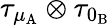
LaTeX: \tau_{\mu_{\mathrm{A}}}\otimes\tau_{0_{\mathrm{B}}}